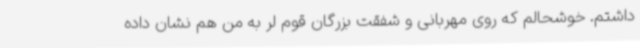
داشتم. خوشحالم که روی مهربانی و شفقت بزرگان قوم لر به من هم نشان داده